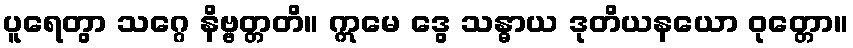
ပူရေတွာ သဂ္ဂေ နိဗ္ဗတ္တတိ။ ဣမေ ဒွေ သန္ဓာယ ဒုတိယနယော ဝုတ္တော။